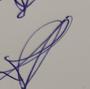
Signature authenticity: genuine